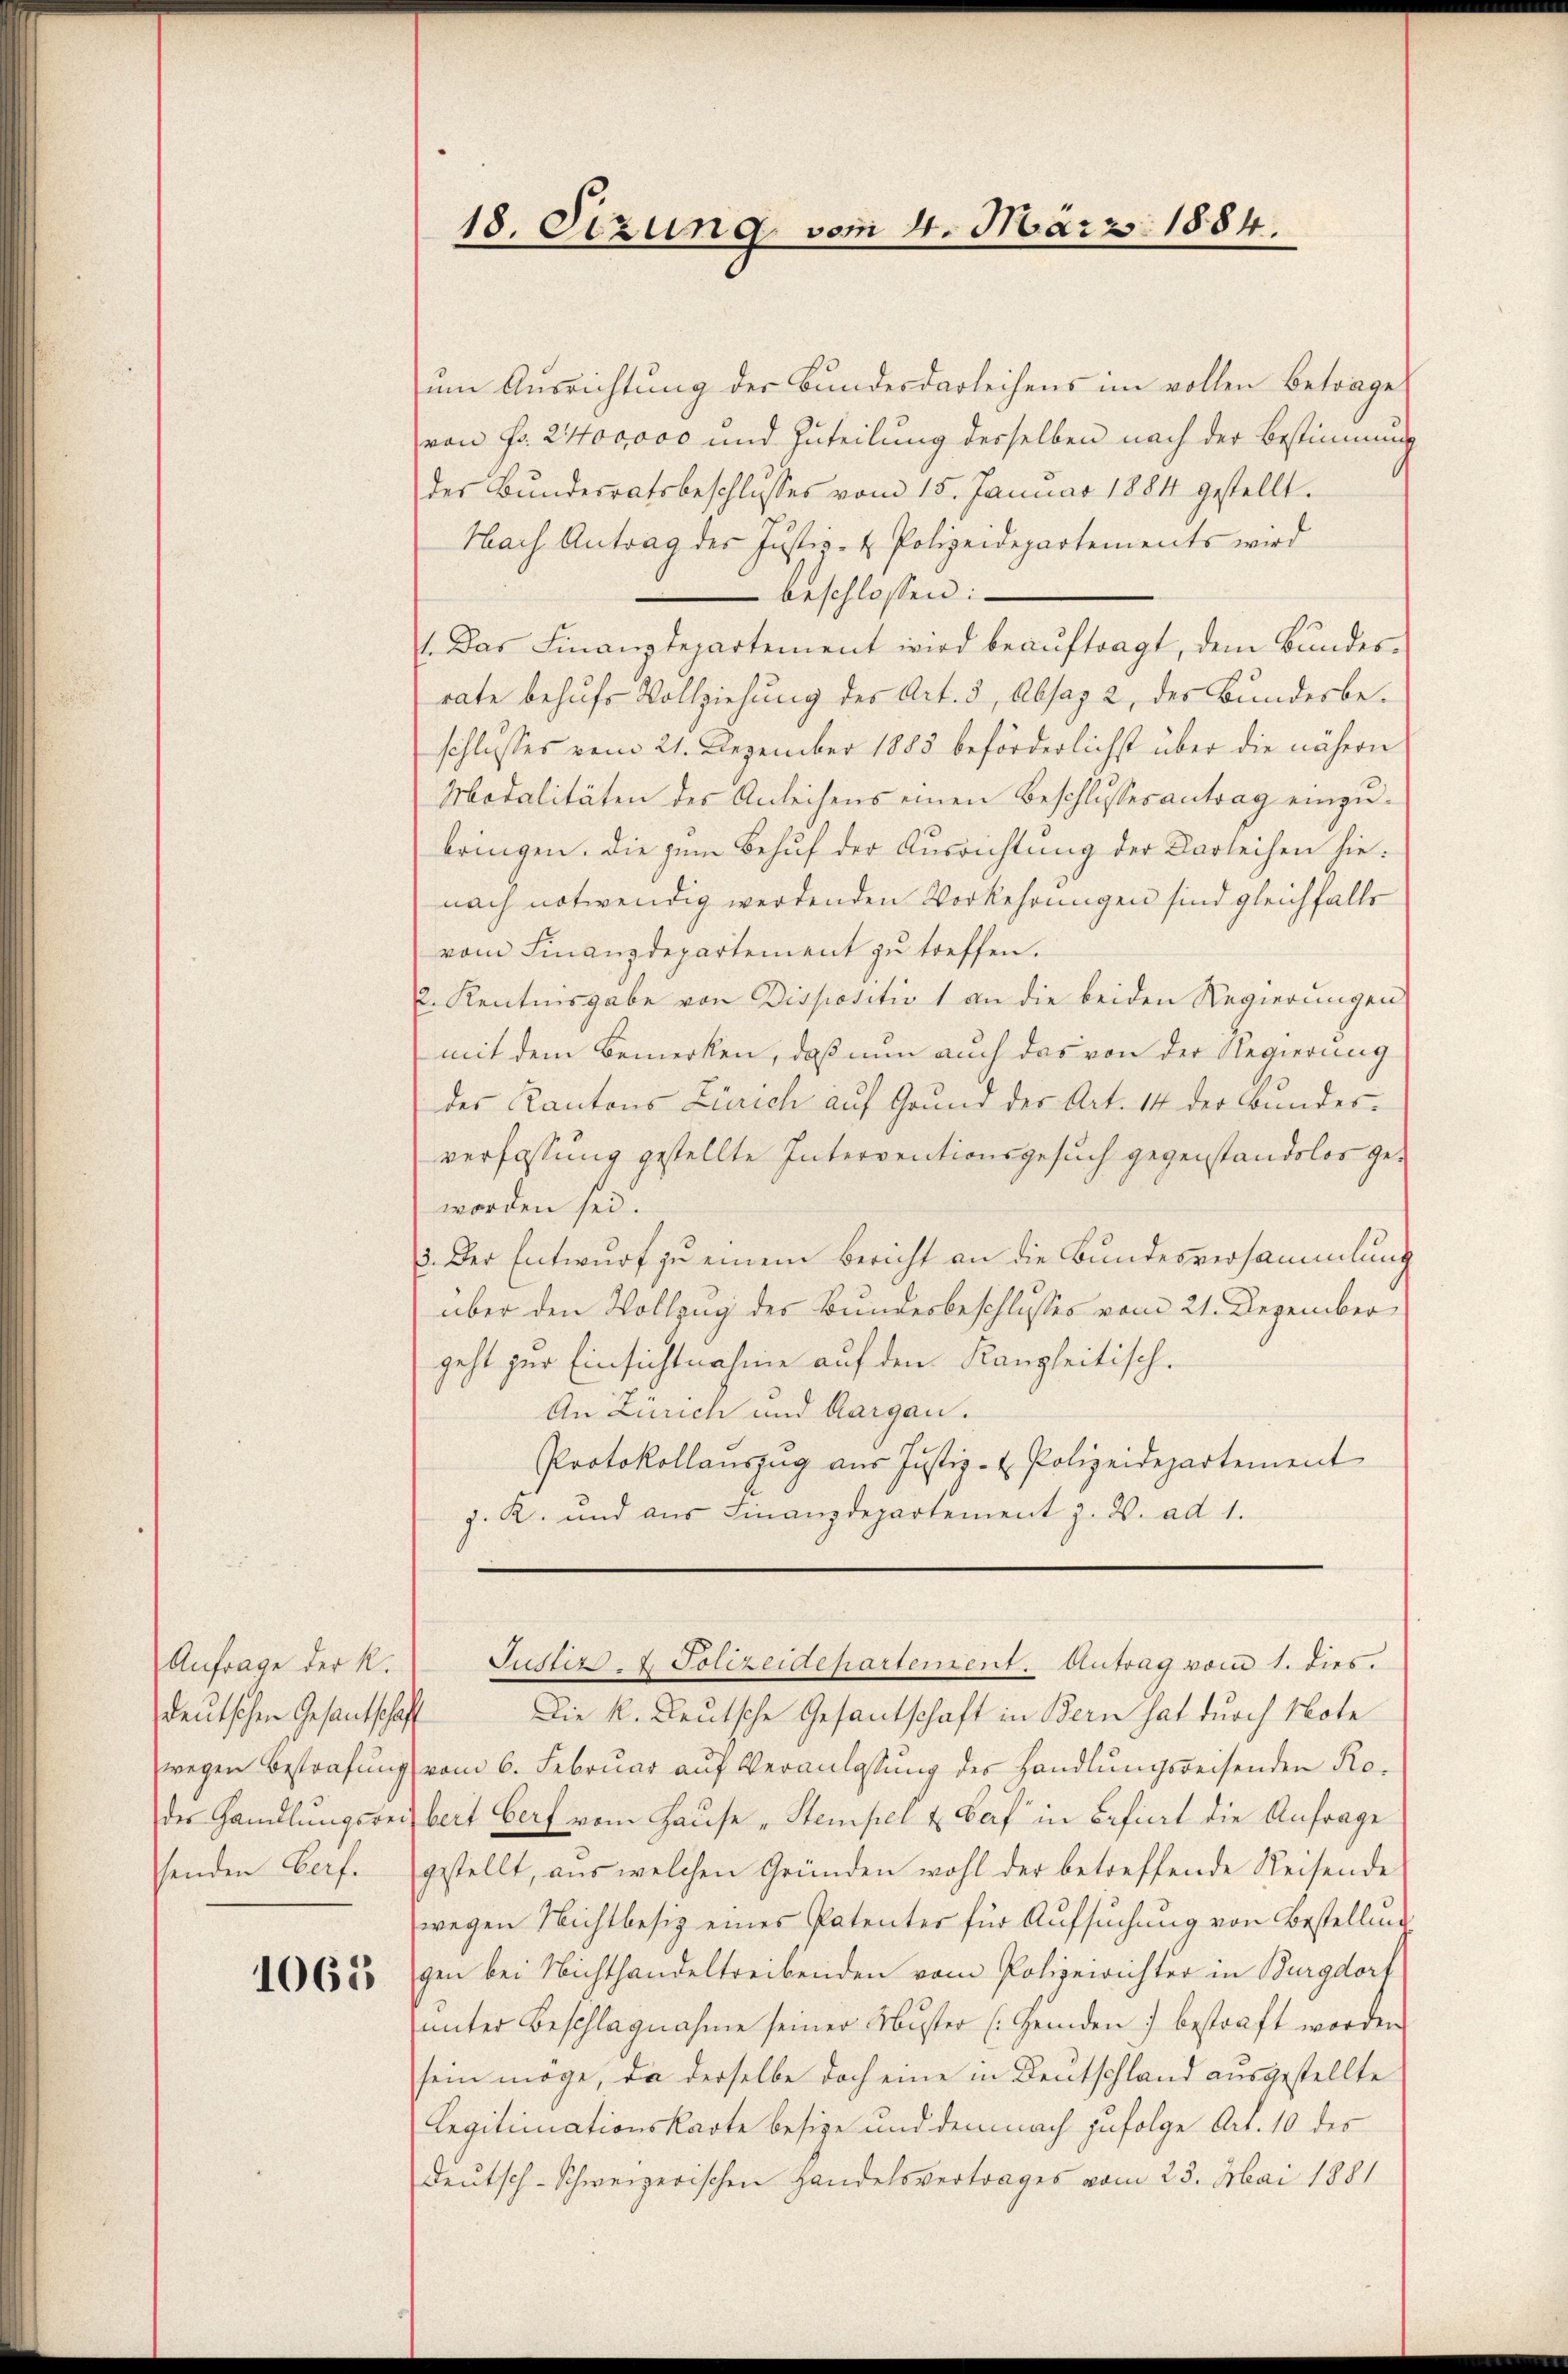
Anfrage der K.
deutschen Gesantschaff

1065

18. Sizung vom 4. März 1884.

um Ausrichtung der Bundesdarleihens im vollen Betrage
von Fr. 2400000 und Zuteilung derselben nach der Bestimmung
der Bŭndesratsbeschlusses vom 15. Januar 1881 gestellt.
Nach Antrag des Justiz- & Polizeidepartements wird
 beschlossen:
1. Das Finanzdepartement wird beauftragt, dem Bundesrate behufs Vollziehung des Art. 5, Absaz 2, des Bundesbeschlusses vom 21. Dezember 1883 beförderlichst über die nähern
Modalitäten des Anleihens einen Beschlussesantrag einzubringen. Die zum Behuf der Ausrichtung der Karleihen hienach notwendig werdenden Vorkehrungen sind gleichfalls
vom Finanzdepartement zu treffen.
2. Kenntnisgabe von Dispositiv 1 an die beiden Regierungen
mit dem Bemerken, daß nun auch das von der Regierung
des Kantons Zürich auf Grund des Art. 14 der Bundes-
verfassung gestellte Interventionsgesuch gegenstandslos geworden sei.
3. Der Entwurf zu einem Bericht an die Bundesversammlung
über den Vollzug des Bundesbeschlusses vom 21. Dezember
geht zur Einsichtnahme auf den Kanzleitisch.
An Zürich und Aargau.
Protokollauszug aus Justiz- & Polizeidepartement
J. K. und aŭs Finanzdepartement z. B. ad 1.

Justiz- & Polizeidepartement. Antrag vom 1. dies.

Die k. Leutsche Gesantschaft in Bern hat durch Note
wegen Bestrafung vom 6. Februar aŭf Veranlassung der Handlungsreisenden Roder Handlungsreibert Gerf vom Hause „Stempel & darf in Befiert die Anfrage
senden Verf. gestellt, aus welchen Gründen wohl der betreffende Reisende
wegen Nichtbesiz eines Patenter für Aufsuchung von Bestellung
gen bei Nichthandeltreibenden vom Polizeirichter in Burgdorf
unter Beschlagnahme seiner Muster (Heiden 7 bestraft worden
sein möge, da derselbe doch eine in Deutschland ausgestellte
Legitimationskarte besize und demnach zufolge Art. 10 des
deutsch-Schweizerischen Handelsvertrages vom 23. Mai 1881